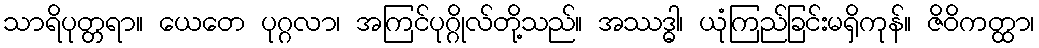
သာရိပုတ္တရာ။ ယေတေ ပုဂ္ဂလာ၊ အကြင်ပုဂ္ဂိုလ်တို့သည်။ အဿဒ္ဓါ၊ ယုံကြည်ခြင်းမရှိကုန်။ ဇိဝိကတ္ထာ၊